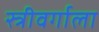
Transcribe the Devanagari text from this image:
स्त्रीवर्गाला